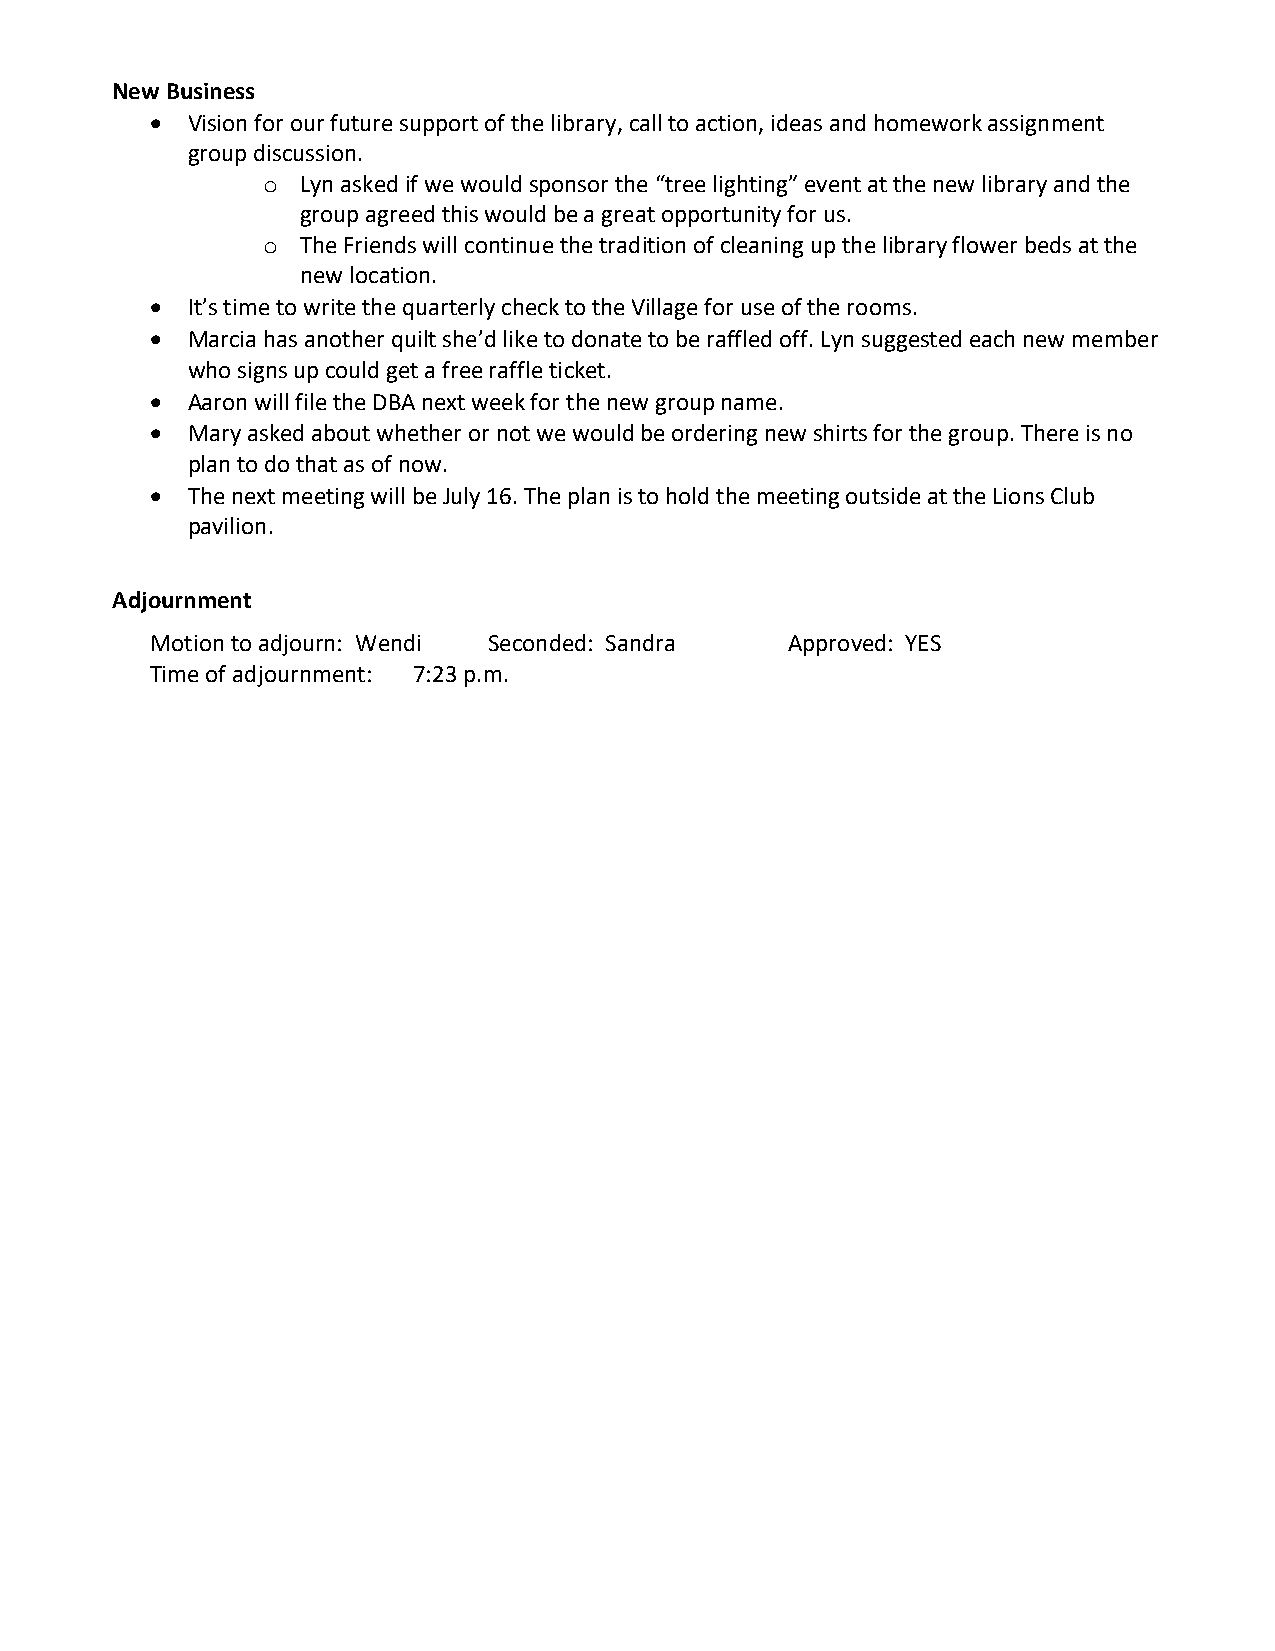
New Business
 • Vision for our future support of the library, call to action, ideas and homework assignment
 group discussion.
 o  Lyn asked if we would sponsor the “tree lighting” event at the new library and the
 group agreed this would be a great opportunity for us.
 o  The Friends will continue the tradition of cleaning up the library flower beds at the
 new location.
 • It’s time to write the quarterly check to the Village for use of the rooms.
 • Marcia has another quilt she’d like to donate to be raffled off. Lyn suggested each new member
 who signs up could get a free raffle ticket.
 • Aaron will file the DBA next week for the new group name.
 • Mary asked about whether or not we would be ordering new shirts for the group. There is no
 plan to do that as of now.
 • The next meeting will be July 16. The plan is to hold the meeting outside at the Lions Club
 pavilion.
 Adjournment
 Motion to adjourn: Wendi Seconded: Sandra Approved: YES
 Time of adjournment: 7:23 p.m.